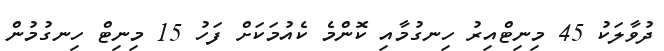
ދުވާލަކު 45 މިނިޓްއިރު ހިނގުމާއި ކޮންމެ ކެއުމަކަށް ފަހު 15 މިނިޓް ހިނގުމުން